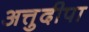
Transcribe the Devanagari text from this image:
अत्तुदीपा